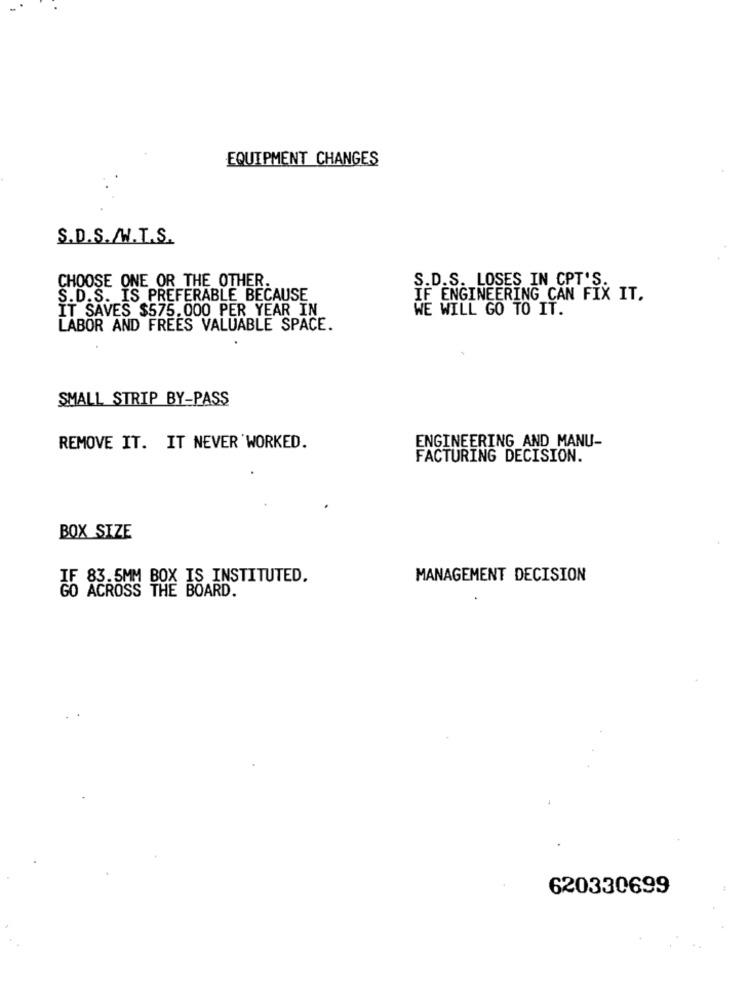
EQUIPMENT CHANGES
S.D.S./W.T.S.
S.D.S. LOSES IN CPT'S.
CHOOSE ONE OR THE OTHER.
S.D.S. IS PREFERABLE BECAUSE
IF ENGINEERING CAN FIX IT.
IT SAVES $575.000 PER YEAR IN
WE WILL GO TO IT.
LABOR AND FREES VALUABLE SPACE.
SMALL STRIP BY-PASS
ENGINEERING_AND_MANU-
REMOVE IT. IT NEVER WORKED.
FACTURING DECISION.
BOX SIZE
33.5MM BOX IS INSTITUTED.
MANAGEMENT DECISION
GO ACROSS THE BOARD.
620330699